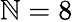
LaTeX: \mathbb{N}=8